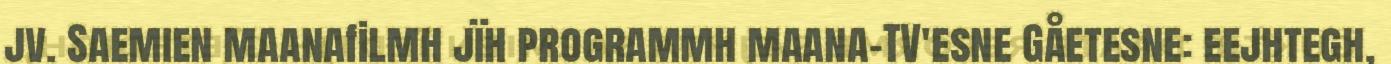
jv. Saemien maanafilmh jïh programmh maana-TV'esne Gåetesne: eejhtegh,